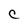
Character: C